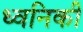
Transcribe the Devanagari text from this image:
ध्‍वनिकी